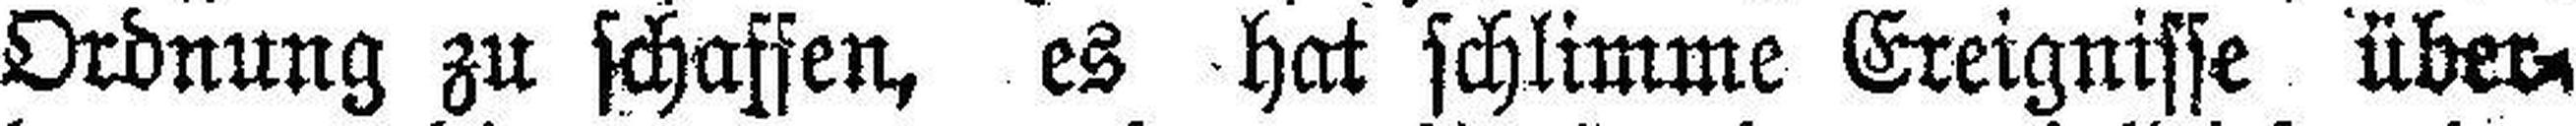
Ordnung zu schaffen, es hat schlimme Ereignisse über¬